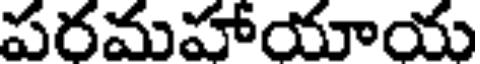
పరమహాయాయ